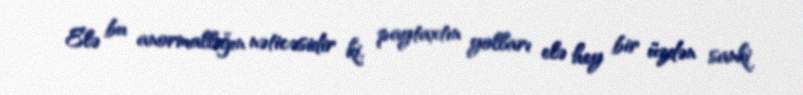
Elə bu anormallığın nəticəsidir ki, paytaxtın yolları elə hey bir üzdən sanki